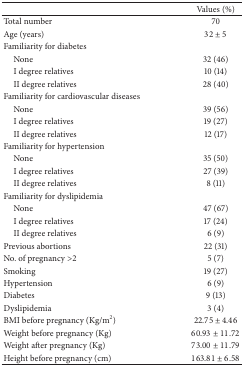
<table><thead><tr><td><b> </b></td><td><b>Values (%)</b></td></tr></thead><tbody><tr><td>Total number</td><td>70</td></tr><tr><td>Age (years)</td><td>32 ± 5</td></tr><tr><td>Familiarity for diabetes</td><td> </td></tr><tr><td> None</td><td>32 (46)</td></tr><tr><td> I degree relatives</td><td>10 (14)</td></tr><tr><td> II degree relatives</td><td>28 (40)</td></tr><tr><td>Familiarity for cardiovascular diseases</td><td> </td></tr><tr><td> None</td><td>39 (56)</td></tr><tr><td> I degree relatives</td><td>19 (27)</td></tr><tr><td> II degree relatives</td><td>12 (17)</td></tr><tr><td>Familiarity for hypertension</td><td> </td></tr><tr><td> None</td><td>35 (50)</td></tr><tr><td> I degree relatives</td><td>27 (39)</td></tr><tr><td> II degree relatives</td><td>8 (11)</td></tr><tr><td>Familiarity for dyslipidemia</td><td> </td></tr><tr><td> None</td><td>47 (67)</td></tr><tr><td> I degree relatives</td><td>17 (24)</td></tr><tr><td> II degree relatives</td><td>6 (9)</td></tr><tr><td>Previous abortions</td><td>22 (31)</td></tr><tr><td>No. of pregnancy &gt;2</td><td>5 (7)</td></tr><tr><td>Smoking</td><td>19 (27)</td></tr><tr><td>Hypertension</td><td>6 (9)</td></tr><tr><td>Diabetes</td><td>9 (13)</td></tr><tr><td>Dyslipidemia</td><td>3 (4)</td></tr><tr><td>BMI before pregnancy (Kg/m<sup>2</sup>)</td><td>22.75 ± 4.46</td></tr><tr><td>Weight before pregnancy (Kg)</td><td>60.93 ± 11.72</td></tr><tr><td>Weight after pregnancy (Kg)</td><td>73.00 ± 11.79</td></tr><tr><td>Height before pregnancy (cm)</td><td>163.81 ± 6.58</td></tr></tbody></table>